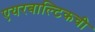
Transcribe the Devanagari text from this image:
एयरबाल्टिकची